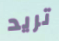
تريد